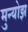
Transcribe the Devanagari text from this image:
मुन्योझ